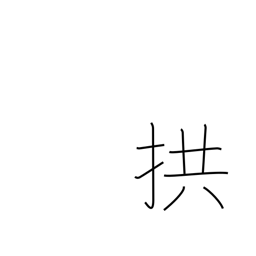
Meaning: fold arms